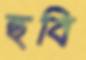
হুবি